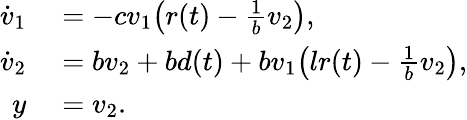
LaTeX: \begin{array}{rl}{\dot{v}_{1}}&{{}=-cv_{1}\big(r(t)-\frac{1}{b}v_{2}\big),}\\ {\dot{v}_{2}}&{{}=bv_{2}+bd(t)+bv_{1}\big(lr(t)-\frac{1}{b}v_{2}\big),}\\ {y}&{{}=v_{2}.}\end{array}